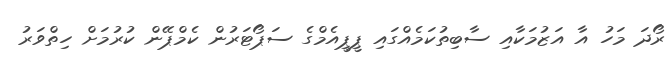
ރޯދަ މަހު އާ އަޒުމަކާއި ސާބިތުކަމެއްގައި ޕީޕީއެމްގެ ސަޕޯޓަރުން ކެމްޕޭން ކުރުމަށް ހިތްވަރު